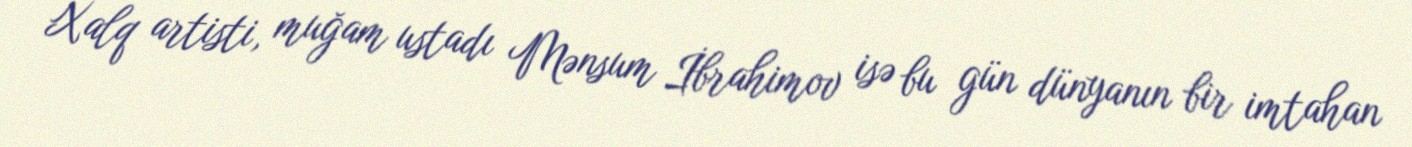
Xalq artisti, muğam ustadı Mənsum İbrahimov isə bu gün dünyanın bir imtahan